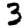
Digit: 3